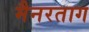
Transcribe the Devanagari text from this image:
मैनरताग